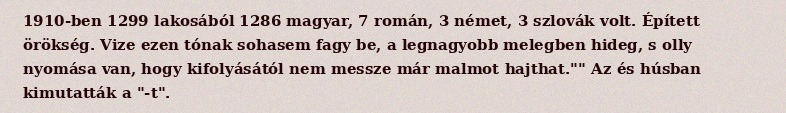
1910-ben 1299 lakosából 1286 magyar, 7 román, 3 német, 3 szlovák volt. Épített örökség. Vize ezen tónak sohasem fagy be, a legnagyobb melegben hideg, s olly nyomása van, hogy kifolyásától nem messze már malmot hajthat."" Az és húsban kimutatták a "-t".